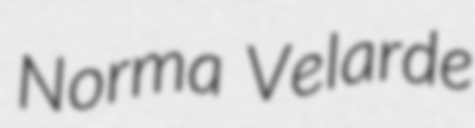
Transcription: Norma Velarde